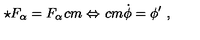
\star F _ { \alpha } = F _ { \alpha } \hspace * { 1 c m } \Leftrightarrow \hspace * { 1 c m } \dot { \phi } = \phi ^ { \prime } \ ,